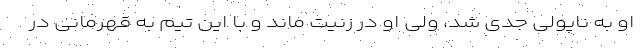
او به ناپولی جدی شد، ولی او در زنیت ماند و با این تیم به قهرمانی در